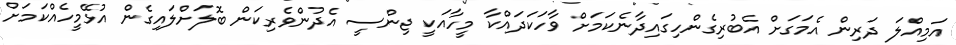
އަމިއްލަ ދަރިން އެމަގަށް އެބުރިގެންހިގައިދާނެކަމަށް ވާހަކަދައްކާ މީހާއަކީ ޖިންސީ އެދުންވެރިކަން ބޮލަށްލައިގެން އުޅޭމީހެއްކަމަށް